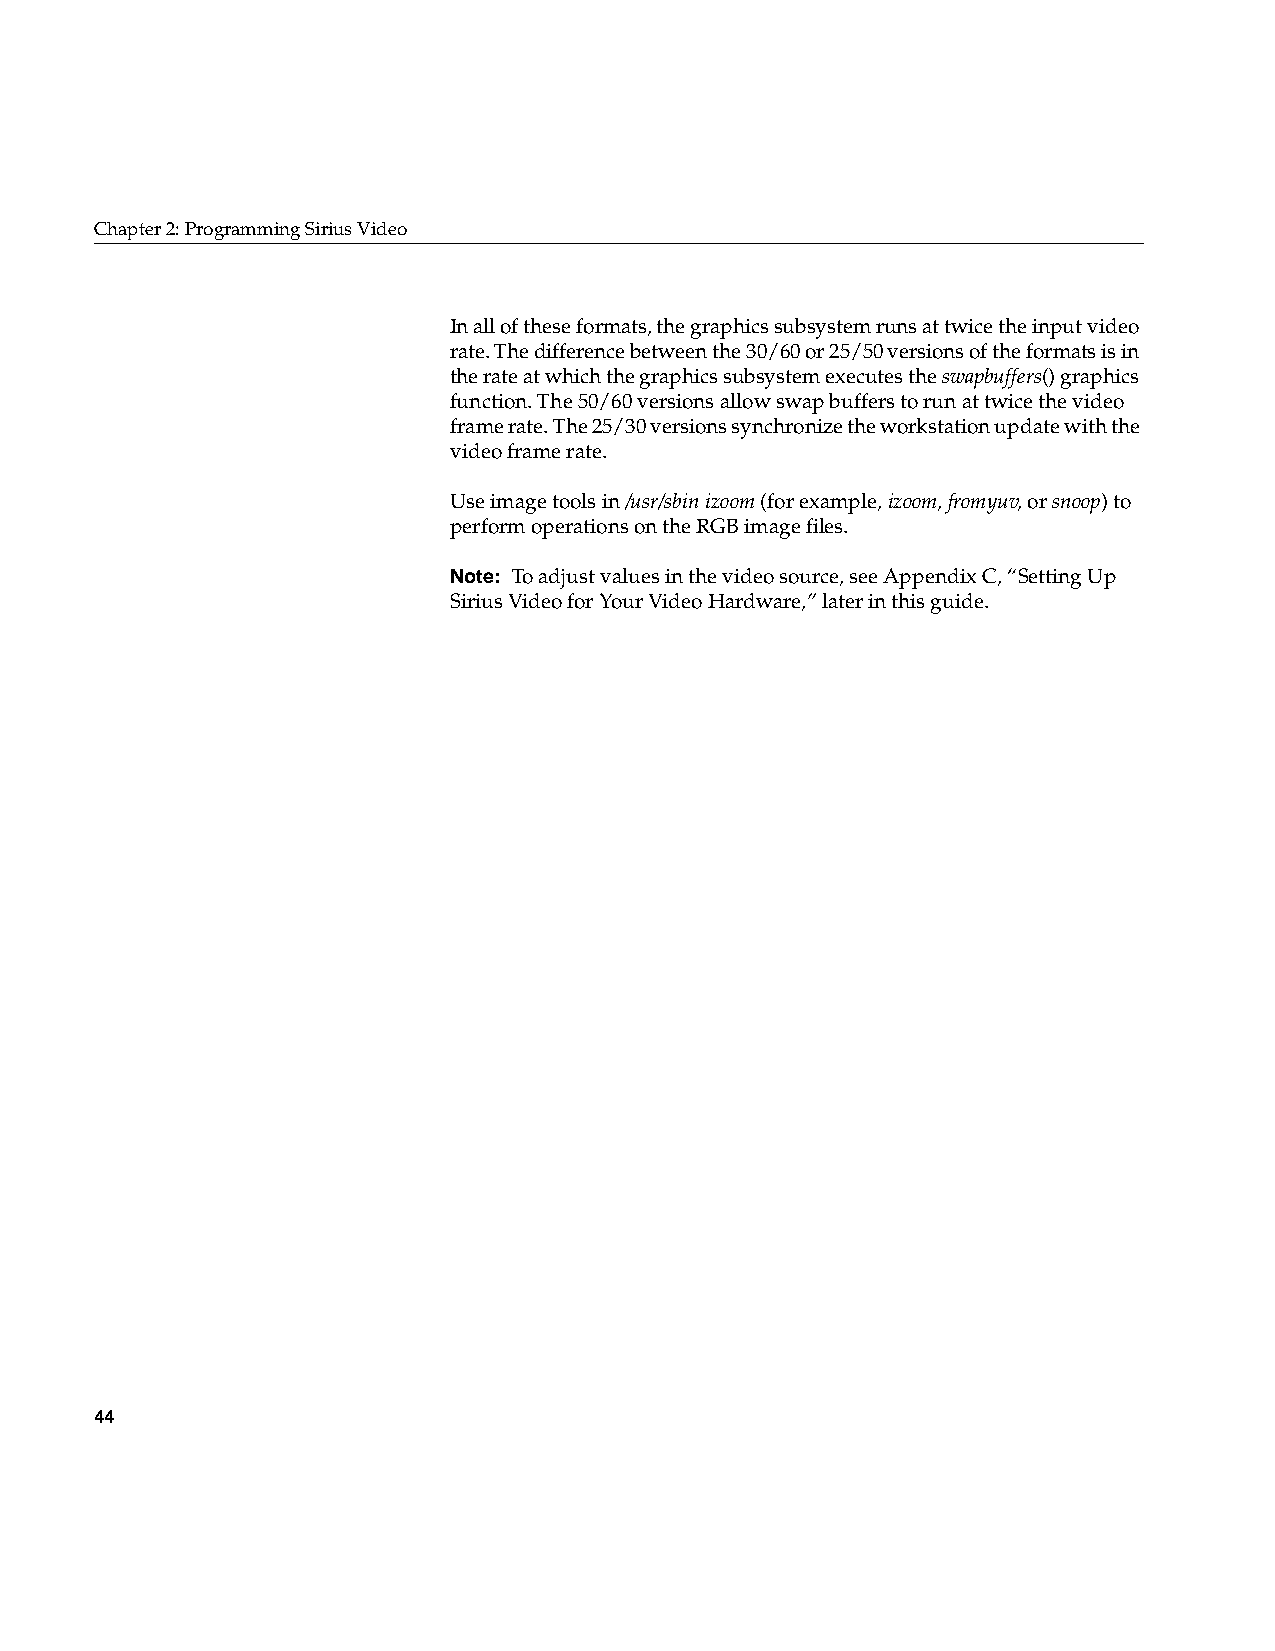
Chapter2: Programming Sirius Video
 In all of these formats, the graphics subsystem runs at twice the input video
 rate. The difference between the 30/60 or 25/50 versions of the formats is in
 the rate at which the graphics subsystem executes the swapbuffers() graphics
 function. The 50/60 versions allow swap buffers to run at twice the video
 frame rate. The 25/30 versions synchronize the workstation update with the
 video frame rate.
 Use image tools in/usr/sbinizoom (for example,izoom,fromyuv, orsnoop) to
 perform operations on the RGB image files.
 Note: To adjust values in the video source, see AppendixC, “Setting Up
 Sirius Video for Your Video Hardware,” later in this guide.
 44